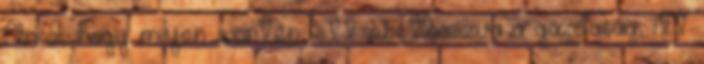
Arról, hogy milyen szinten lett szétbaszva a gazdaság, itt